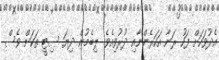
އެދުވަހަށް ފަހު ރަނާ އަހަރެންނާއި ދުރުވިއެވެ. ލިބެމުން ދިޔަ ސިޓީ ތަކަށް ވެސް